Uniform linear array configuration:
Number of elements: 12
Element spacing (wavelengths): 0.75
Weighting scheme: blackman
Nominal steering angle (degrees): -45
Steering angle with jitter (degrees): -43.861
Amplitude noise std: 0.05
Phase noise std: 0.05

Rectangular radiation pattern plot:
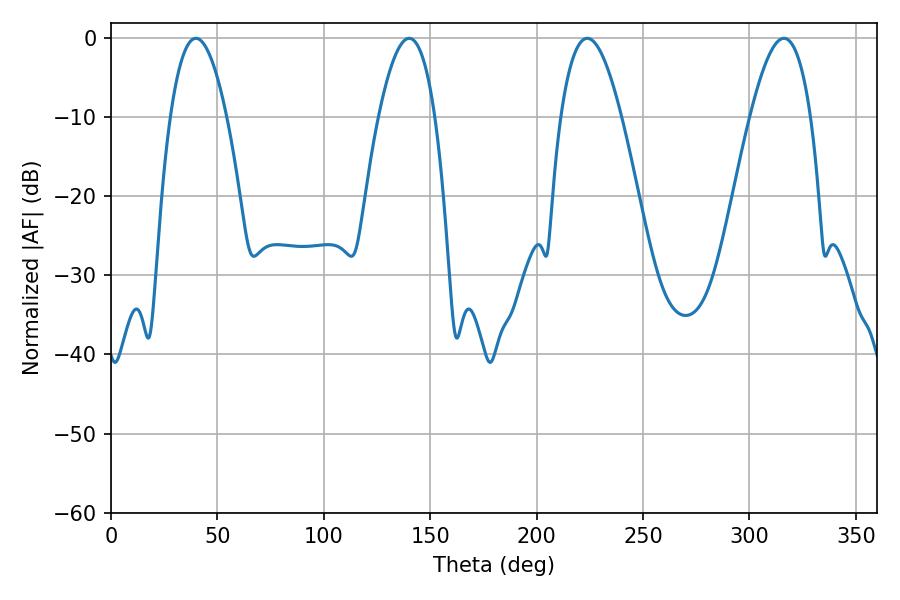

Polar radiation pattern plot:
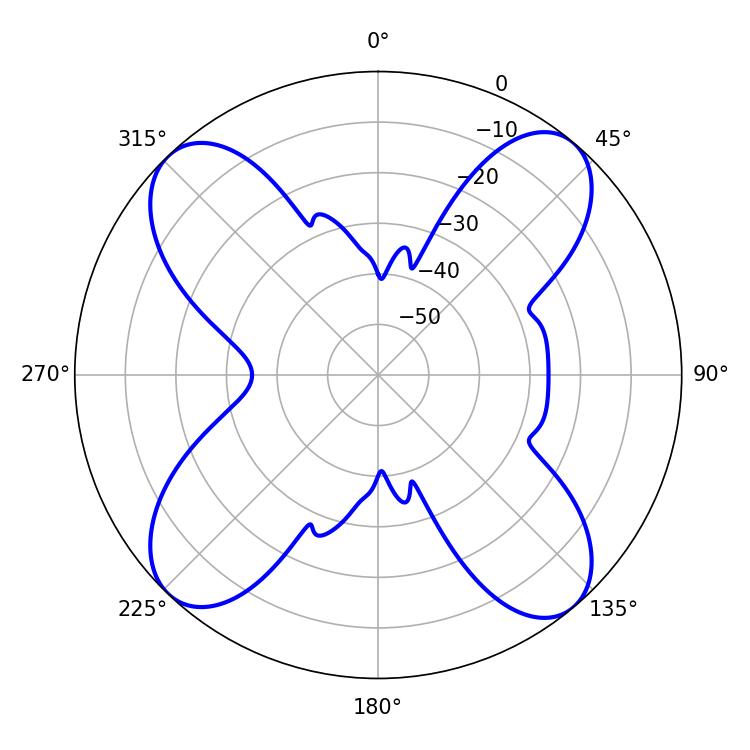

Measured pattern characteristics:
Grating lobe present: TRUE
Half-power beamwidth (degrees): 15.48
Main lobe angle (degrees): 223.74